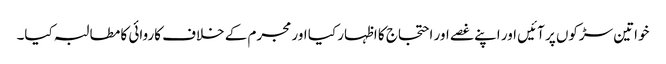
خواتین سڑکوں پر آئیں اور اپنے غصے اور احتجاج کا اظہار کیا اور مجرم کے خلاف کاروائی کا مطالبہ کیا۔